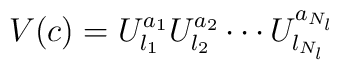
V(c) = U_{l_1}^{a_1} U_{l_2}^{a_2} \cdots U_{l_{N_l}}^{a_{N_l}}